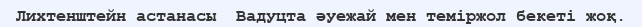
Лихтенштейн астанасы  Вадуцта әуежай мен теміржол бекеті жоқ.